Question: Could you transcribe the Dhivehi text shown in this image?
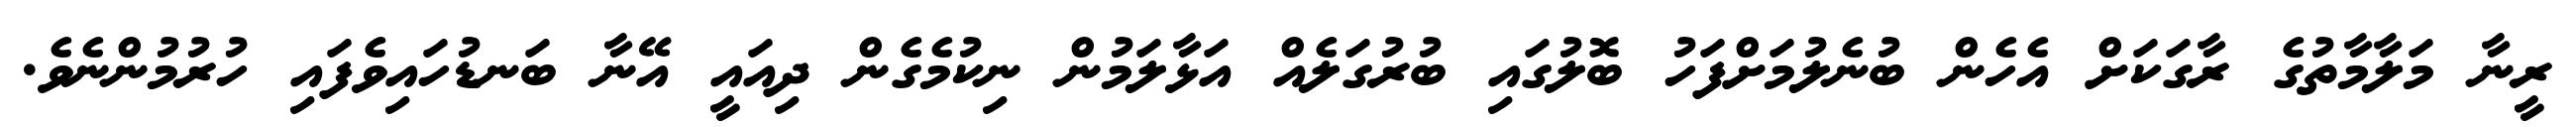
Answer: ރީނާ މަލާމާތުގެ ރާގަކަށް އެހެން ބުނެލުމަށްފަހު ބޮލުގައި ބުރުގަލެއް އަޅާލަމުން ނިކުމެގެން ދިއައީ އޭނާ ބަނޑުހައިވެފައި ހުރުމުންނެވެ.